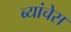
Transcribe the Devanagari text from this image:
ब्यांचेस